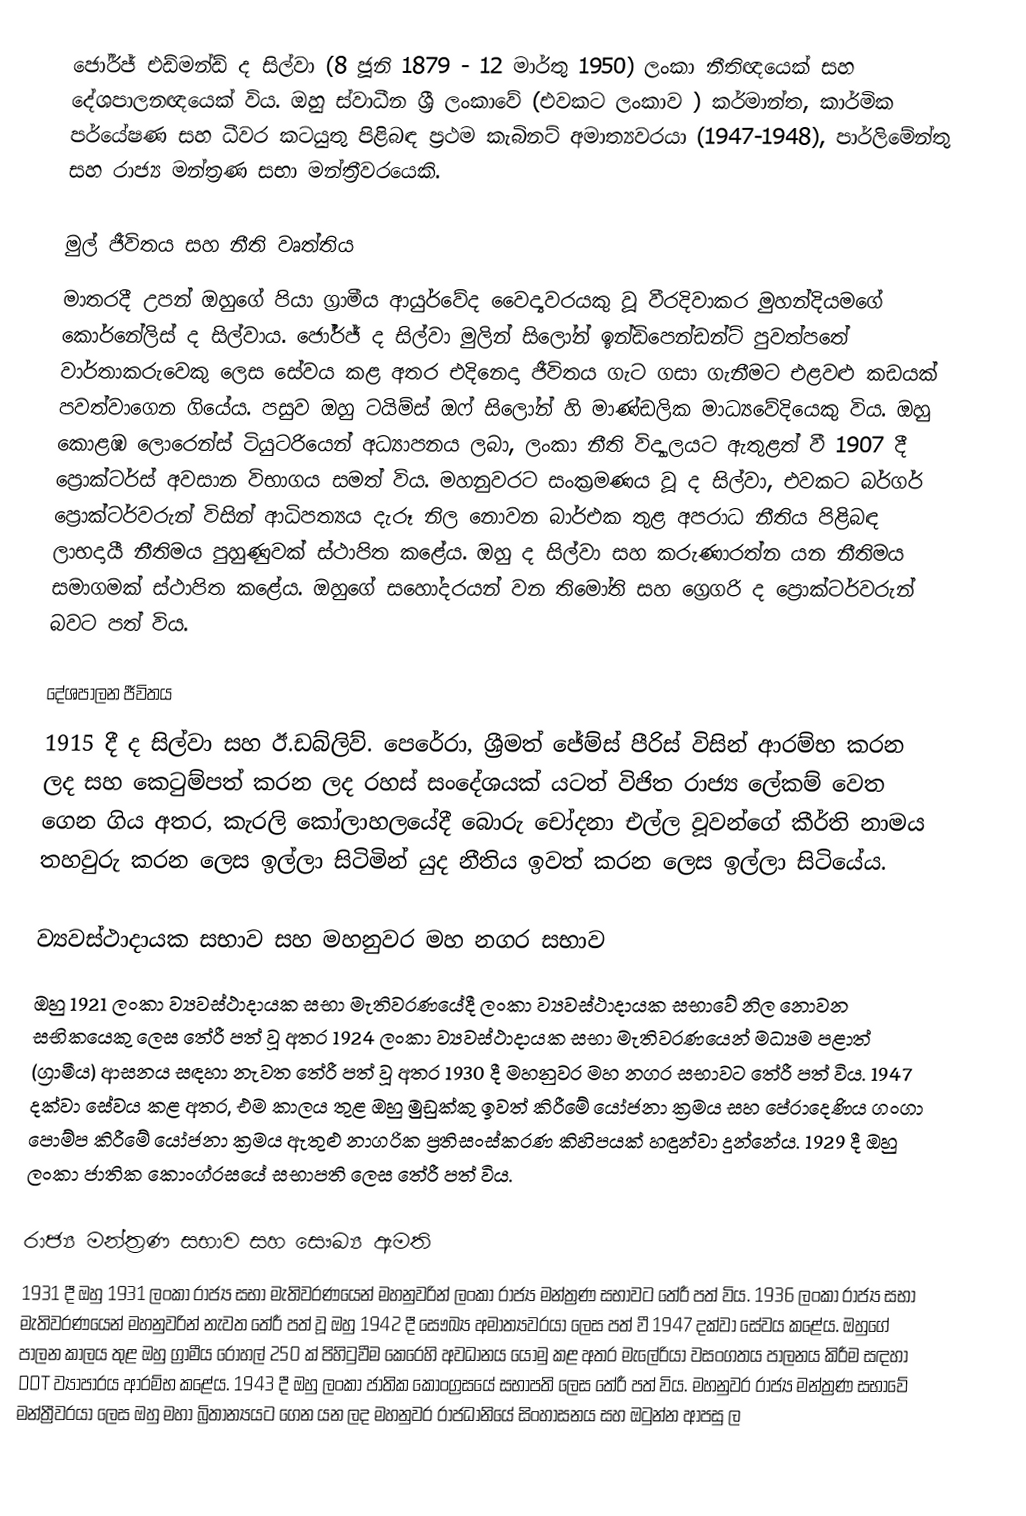
ජෝර්ජ් එඩ්මන්ඩ් ද සිල්වා (8 ජූනි 1879 - 12 මාර්තු 1950) ලංකා නීතිඥයෙක් සහ දේශපාලනඥයෙක් විය. ඔහු ස්වාධීන ශ්‍රී ලංකාවේ (එවකට ලංකාව ) කර්මාන්ත, කාර්මික පර්යේෂණ සහ ධීවර කටයුතු පිළිබඳ ප්‍රථම කැබිනට් අමාත්‍යවරයා (1947-1948), පාර්ලිමේන්තු සහ රාජ්‍ය මන්ත්‍රණ සභා මන්ත්‍රීවරයෙකි.

මුල් ජීවිතය සහ නීති වෘත්තිය
මාතරදී උපන් ඔහුගේ පියා ග්‍රාමීය ආයුර්වේද වෛද්‍යවරයකු වූ වීරදිවාකර මුහන්දියමගේ කොර්නේලිස් ද සිල්වාය. ජෝර්ජ් ද සිල්වා මුලින් සිලෝන් ඉන්ඩිපෙන්ඩන්ට් පුවත්පතේ වාර්තාකරුවෙකු ලෙස සේවය කළ අතර එදිනෙදා ජීවිතය ගැට ගසා ගැනීමට එළවළු කඩයක් පවත්වාගෙන ගියේය. පසුව ඔහු ටයිම්ස් ඔෆ් සිලෝන් හි මාණ්ඩලික මාධ්‍යවේදියෙකු විය. ඔහු කොළඹ ලොරෙන්ස් ටියුටරියෙන් අධ්‍යාපනය ලබා, ලංකා නීති විද්‍යාලයට ඇතුළත් වී 1907 දී ප්‍රොක්ටර්ස් අවසාන විභාගය සමත් විය. මහනුවරට සංක්‍රමණය වූ ද සිල්වා, එවකට බර්ගර් ප්‍රොක්ටර්වරුන් විසින් ආධිපත්‍යය දැරූ නිල නොවන බාර්එක තුළ අපරාධ නීතිය පිළිබඳ ලාභදායී නීතිමය පුහුණුවක් ස්ථාපිත කළේය.   ඔහු ද සිල්වා සහ කරුණාරත්න යන නීතිමය සමාගමක් ස්ථාපිත කළේය. ඔහුගේ සහෝදරයන් වන තිමෝති සහ ග්‍රෙගරි ද ප්‍රොක්ටර්වරුන් බවට පත් විය.

දේශපාලන ජීවිතය
1915 දී ද සිල්වා සහ ඊ.ඩබ්ලිව්. පෙරේරා, ශ්‍රීමත් ජේම්ස් පීරිස් විසින් ආරම්භ කරන ලද සහ කෙටුම්පත් කරන ලද රහස් සංදේශයක් යටත් විජිත රාජ්‍ය ලේකම් වෙත ගෙන ගිය අතර, කැරලි කෝලාහලයේදී බොරු චෝදනා එල්ල වූවන්ගේ කීර්ති නාමය තහවුරු කරන ලෙස ඉල්ලා සිටිමින් යුද නීතිය ඉවත් කරන ලෙස ඉල්ලා සිටියේය.

ව්‍යවස්ථාදායක සභාව සහ මහනුවර මහ නගර සභාව
ඔහු 1921 ලංකා ව්‍යවස්ථාදායක සභා මැතිවරණයේදී ලංකා ව්‍යවස්ථාදායක සභාවේ නිල නොවන සභිකයෙකු ලෙස තේරී පත් වූ අතර 1924 ලංකා ව්‍යවස්ථාදායක සභා මැතිවරණයෙන් මධ්‍යම පළාත් (ග්‍රාමීය) ආසනය සඳහා නැවත තේරී පත් වූ අතර 1930 දී මහනුවර මහ නගර සභාවට තේරී පත් විය. 1947 දක්වා සේවය කළ අතර, එම කාලය තුළ ඔහු මුඩුක්කු ඉවත් කිරීමේ යෝජනා ක්‍රමය සහ පේරාදෙණිය ගංගා පොම්ප කිරීමේ යෝජනා ක්‍රමය ඇතුළු නාගරික ප්‍රතිසංස්කරණ කිහිපයක් හඳුන්වා දුන්නේය. 1929 දී ඔහු ලංකා ජාතික කොංග්රසයේ සභාපති ලෙස තේරී පත් විය.

රාජ්‍ය මන්ත්‍රණ සභාව සහ සෞඛ්‍ය ඇමති
1931 දී ඔහු 1931 ලංකා රාජ්‍ය සභා මැතිවරණයෙන් මහනුවරින් ලංකා රාජ්‍ය මන්ත්‍රණ සභාවට තේරී පත් විය. 1936 ලංකා රාජ්‍ය සභා මැතිවරණයෙන් මහනුවරින් නැවත තේරී පත් වූ ඔහු 1942 දී සෞඛ්‍ය අමාත්‍යවරයා ලෙස පත් වී 1947 දක්වා සේවය කළේය. ඔහුගේ පාලන කාලය තුළ ඔහු ග්‍රාමීය රෝහල් 250 ක් පිහිටුවීම කෙරෙහි අවධානය යොමු කළ අතර මැලේරියා වසංගතය පාලනය කිරීම සඳහා DDT ව්‍යාපාරය ආරම්භ කළේය. 1943 දී ඔහු ලංකා ජාතික කොංග්‍රසයේ සභාපති ලෙස තේරී පත් විය. මහනුවර රාජ්‍ය මන්ත්‍රණ සභාවේ මන්ත්‍රීවරයා ලෙස ඔහු මහා බ්‍රිතාන්‍යයට ගෙන යන ලද මහනුවර රාජධානියේ සිංහාසනය සහ ඔටුන්න ආපසු ල